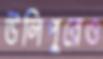
উলিপুরেও